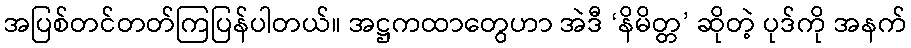
အပြစ်တင်တတ်ကြပြန်ပါတယ်။ အဋ္ဌကထာတွေဟာ အဲဒီ ‘နိမိတ္တ’ ဆိုတဲ့ ပုဒ်ကို အနက်